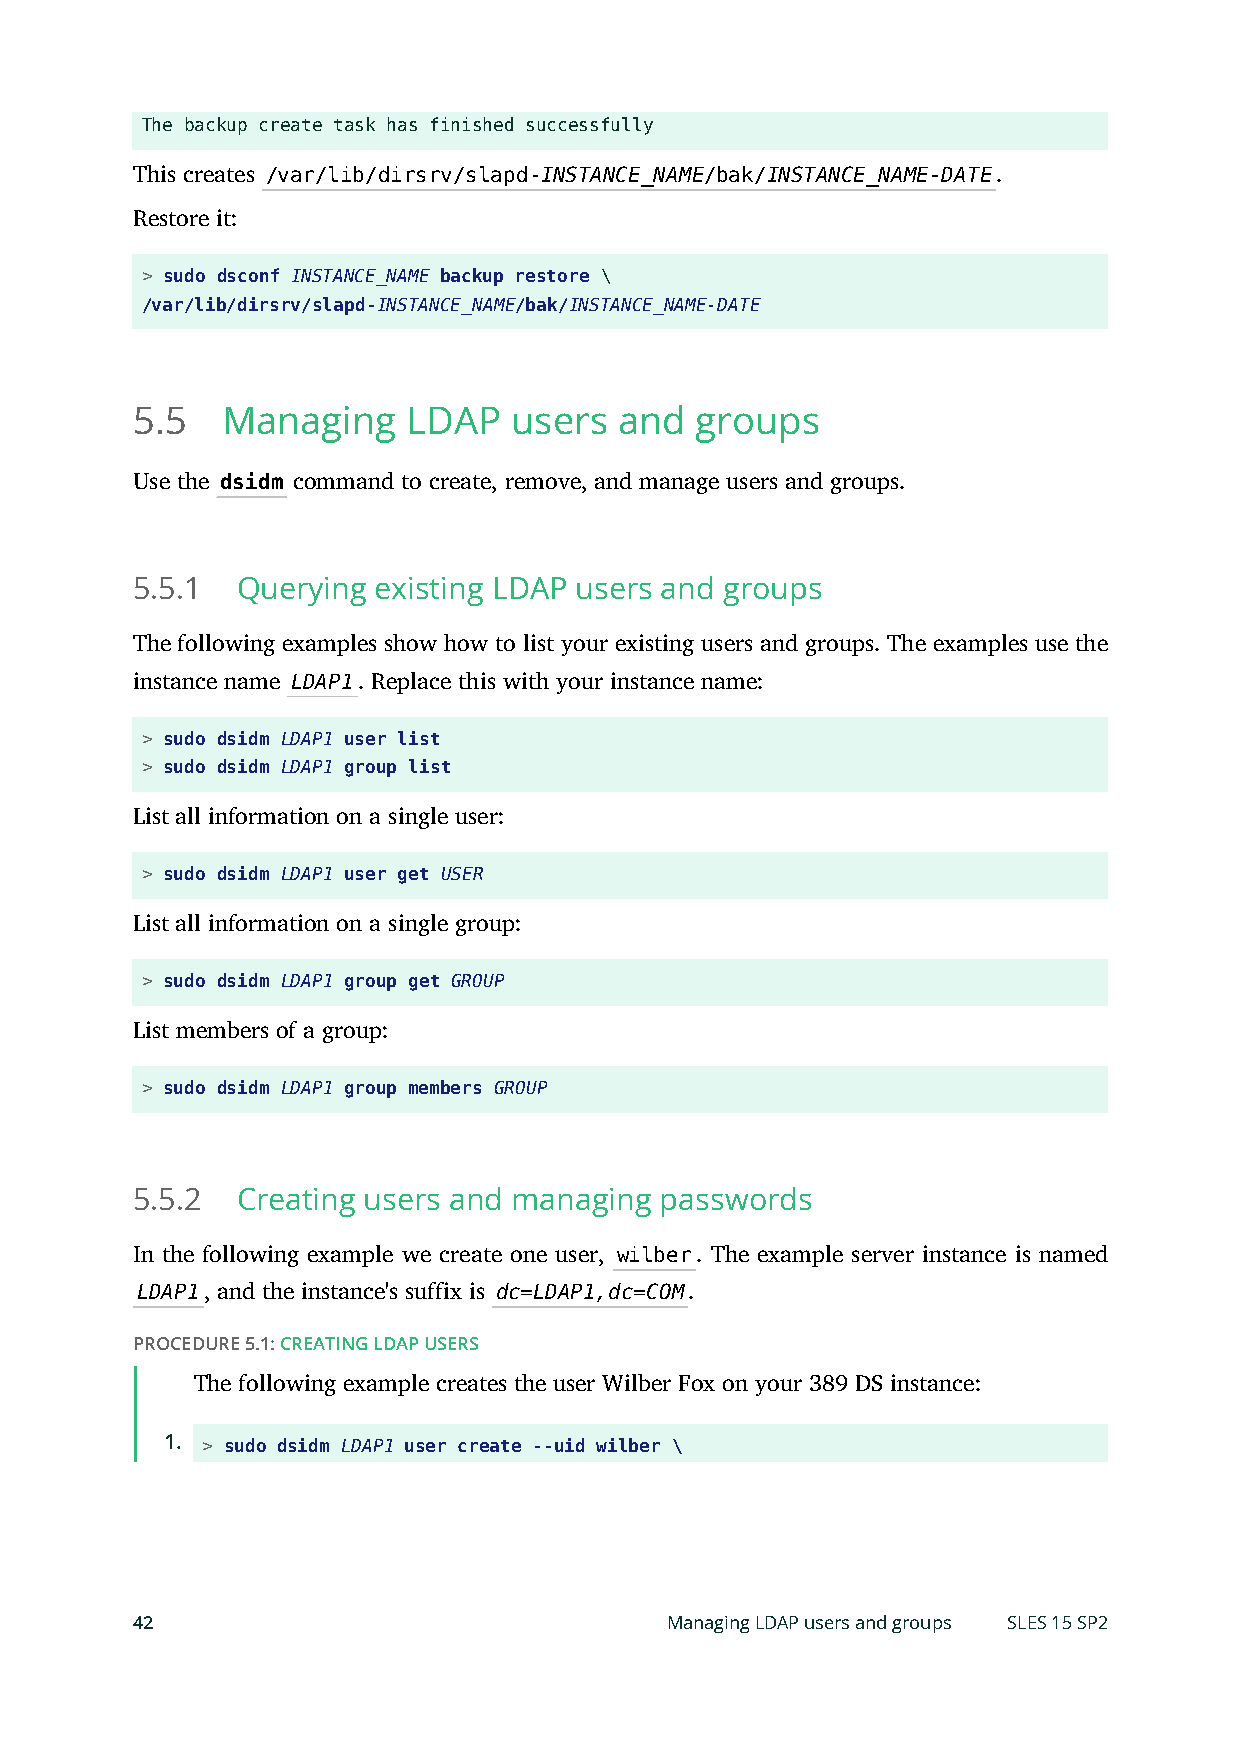
The backup create task has finished successfully
 This creates /var/lib/dirsrv/slapd-INSTANCE_NAME/bak/INSTANCE_NAME-DATE.
 Restore it:
 > sudo dsconf INSTANCE_NAME backup restore \
 /var/lib/dirsrv/slapd-INSTANCE_NAME/bak/INSTANCE_NAME-DATE
 5.5   Managing    LDAP   users  and  groups
 Use the dsidm command to create, remove, and manage users and groups.
 5.5.1  Querying existing LDAP users and groups
 The following examples show how to list your existing users and groups. The examples use the
 instance name LDAP1. Replace this with your instance name:
 > sudo dsidm LDAP1 user list
 > sudo dsidm LDAP1 group list
 List all information on a single user:
 > sudo dsidm LDAP1 user get USER
 List all information on a single group:
 > sudo dsidm LDAP1 group get GROUP
 List members of a group:
 > sudo dsidm LDAP1 group members GROUP
 5.5.2  Creating users and managing passwords
 In the following example we create one user, wilber. The example server instance is named
 LDAP1, and the instance's suffix is dc=LDAP1,dc=COM.
 PROCEDURE 5.1: CREATING LDAP USERS
 The following example creates the user Wilber Fox on your 389 DS instance:
 1.
 > sudo dsidm LDAP1 user create --uid wilber \
 42                                 Managing LDAP users and groups SLES 15 SP2